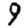
Digit: 9